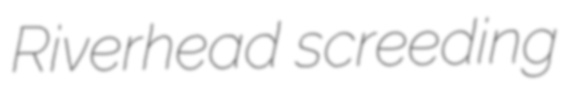
Riverhead screeding